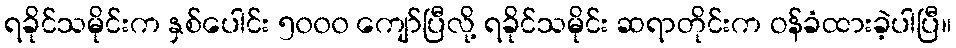
ရခိုင်သမိုင်းက နှစ်ပေါင်း ၅၀၀၀ ကျော်ပြီလို့ ရခိုင်သမိုင်း ဆရာတိုင်းက ဝန်ခံထားခဲ့ပါပြီ။